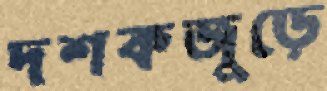
দশকজুড়ে